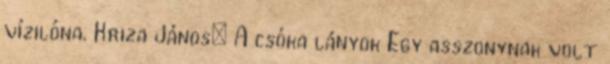
vízilóna. Kriza János: A csóka lányok Egy asszonynak volt